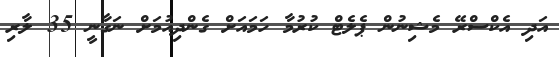
އަދި އެކްސްރޭ މެޝިނުން ޕެލެޓް ކުރުމާ ހަމައަށް ގެންދިއުމަށް ނަގާނީ 35 ލާރި